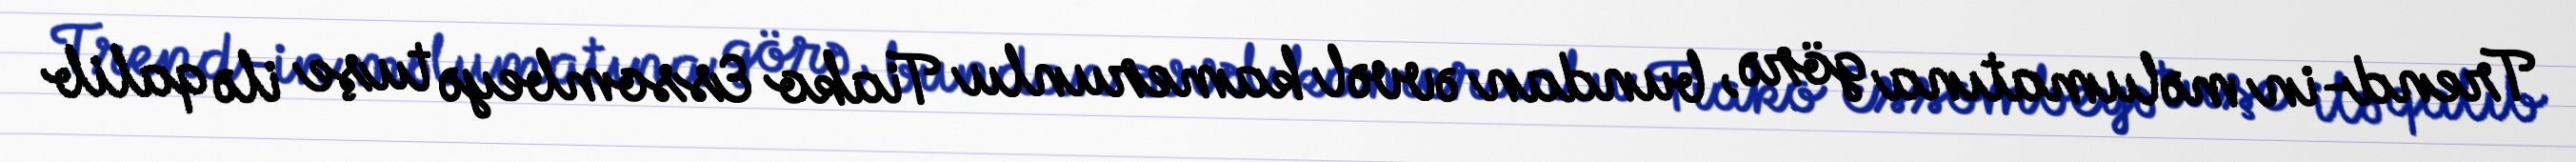
Trend-in məlumatına görə, bundan əvvəl kamerunlu Tiako Essombeyə tuşe ilə qalib